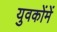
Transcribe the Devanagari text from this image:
युवकोंमें